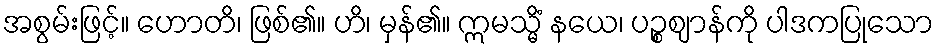
အစွမ်းဖြင့်။ ဟောတိ၊ ဖြစ်၏။ ဟိ၊ မှန်၏။ ဣမသ္မိံ နယေ၊ ပဉ္စဈာန်ကို ပါဒကပြုသော